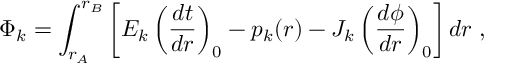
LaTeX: \Phi _ { k } = \int _ { r _ { A } } ^ { r _ { B } } \left[ E _ { k } \left( \frac { d t } { d r } \right) _ { 0 } - p _ { k } ( r ) - J _ { k } \left( \frac { d \phi } { d r } \right) _ { 0 } \right] d r \; ,